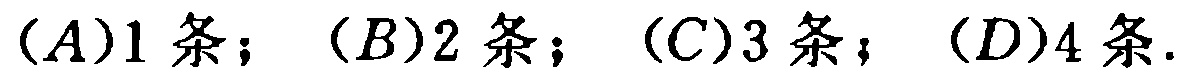
$(A)1\ 条；(B)2\ 条；(C)3\ 条；(D)4\ 条.$